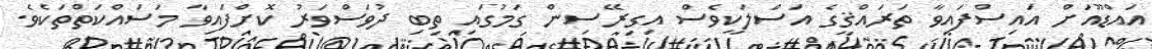
އައްޑޫއަށް އައިސްފައިވާ ތަރައްޤީގެ އަސްލަކީވެސް އިގިރޭސިން ގަމުގައި ތިބި ދުވަސްވަރު ކޮށްފައިވާ މަސައްކަތްތަކެވެ.